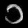
Digit: ၁